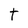
Character: t